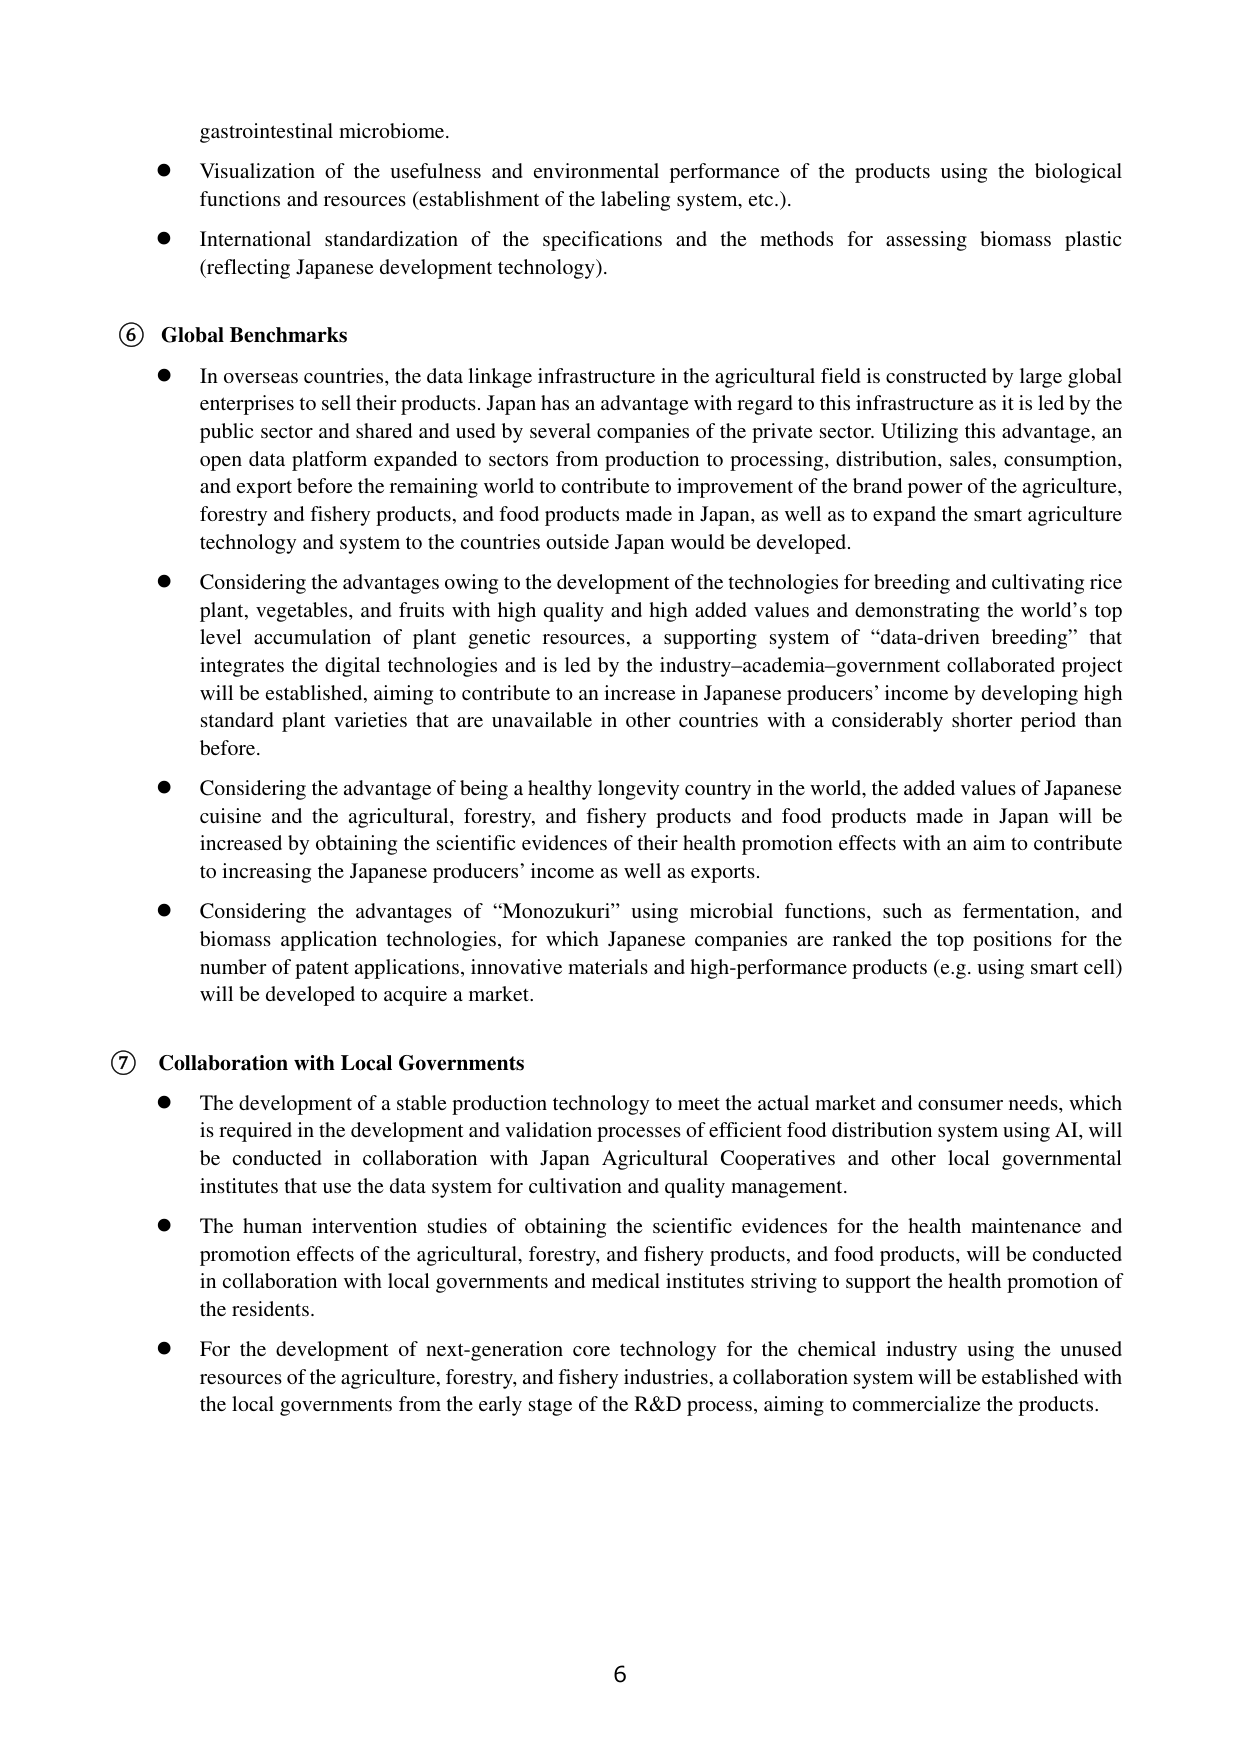
gastrointestinal microbiome.

● Visualization of the usefulness and environmental performance of the products using the biological functions and resources (establishment of the labeling system, etc.).

● International standardization of the specifications and the methods for assessing biomass plastic (reflecting Japanese development technology).

⑥ Global Benchmarks

● In overseas countries, the data linkage infrastructure in the agricultural field is constructed by large global enterprises to sell their products. Japan has an advantage with regard to this infrastructure as it is led by the public sector and shared and used by several companies of the private sector. Utilizing this advantage, an open data platform expanded to sectors from production to processing, distribution, sales, consumption, and export before the remaining world to contribute to improvement of the brand power of the agriculture, forestry and fishery products, and food products made in Japan, as well as to expand the smart agriculture technology and system to the countries outside Japan would be developed.

● Considering the advantages owing to the development of the technologies for breeding and cultivating rice plant, vegetables, and fruits with high quality and high added values and demonstrating the world’s top level accumulation of plant genetic resources, a supporting system of “data-driven breeding” that integrates the digital technologies and is led by the industry–academia–government collaborated project will be established, aiming to contribute to an increase in Japanese producers’ income by developing high standard plant varieties that are unavailable in other countries with a considerably shorter period than before.

● Considering the advantage of being a healthy longevity country in the world, the added values of Japanese cuisine and the agricultural, forestry, and fishery products and food products made in Japan will be increased by obtaining the scientific evidences of their health promotion effects with an aim to contribute to increasing the Japanese producers’ income as well as exports.

● Considering the advantages of “Monozukuri” using microbial functions, such as fermentation, and biomass application technologies, for which Japanese companies are ranked the top positions for the number of patent applications, innovative materials and high-performance products (e.g. using smart cell) will be developed to acquire a market.

⑦ Collaboration with Local Governments

● The development of a stable production technology to meet the actual market and consumer needs, which is required in the development and validation processes of efficient food distribution system using AI, will be conducted in collaboration with Japan Agricultural Cooperatives and other local governmental institutes that use the data system for cultivation and quality management.

● The human intervention studies of obtaining the scientific evidences for the health maintenance and promotion effects of the agricultural, forestry, and fishery products, and food products, will be conducted in collaboration with local governments and medical institutes striving to support the health promotion of the residents.

● For the development of next-generation core technology for the chemical industry using the unused resources of the agriculture, forestry, and fishery industries, a collaboration system will be established with the local governments from the early stage of the R&D process, aiming to commercialize the products.

6